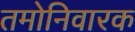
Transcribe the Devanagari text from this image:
तमोनिवारक